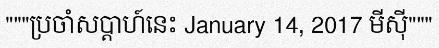
"""ប្រចាំសប្តាហ៍នេះ January 14, 2017 មីស៊ី"""